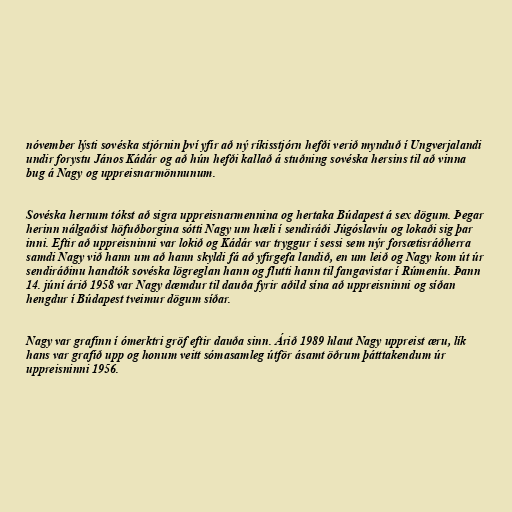
nóvember lýsti sovéska stjórnin því yfir að ný ríkisstjórn hefði verið mynduð í Ungverjalandi
undir forystu János Kádár og að hún hefði kallað á stuðning sovéska hersins til að vinna
bug á Nagy og uppreisnarmönnunum.

Sovéska hernum tókst að sigra uppreisnarmennina og hertaka Búdapest á sex dögum. Þegar
herinn nálgaðist höfuðborgina sótti Nagy um hæli í sendiráði Júgóslavíu og lokaði sig þar
inni. Eftir að uppreisninni var lokið og Kádár var tryggur í sessi sem nýr forsætisráðherra
samdi Nagy við hann um að hann skyldi fá að yfirgefa landið, en um leið og Nagy kom út úr
sendiráðinu handtók sovéska lögreglan hann og flutti hann til fangavistar í Rúmeníu. Þann
14. júní árið 1958 var Nagy dæmdur til dauða fyrir aðild sína að uppreisninni og síðan
hengdur í Búdapest tveimur dögum síðar.

Nagy var grafinn í ómerktri gröf eftir dauða sinn. Árið 1989 hlaut Nagy uppreist æru, lík
hans var grafið upp og honum veitt sómasamleg útför ásamt öðrum þátttakendum úr
uppreisninni 1956.